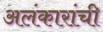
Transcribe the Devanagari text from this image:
अलंकारांची